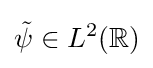
{\tilde {\psi }}\in L^{2}(\mathbb {R} )